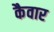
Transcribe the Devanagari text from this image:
कैवार